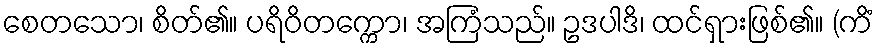
စေတသော၊ စိတ်၏။ ပရိဝိတက္ကော၊ အကြံသည်။ ဥဒပါဒိ၊ ထင်ရှားဖြစ်၏။ (ကိံ